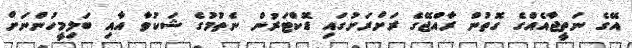
އޭގެ ނަތީޖާއެއްގެ ގޮތުން ރާއްޖޭގެ ރަށްރަށުގައި ޑޮކްޓަރުން ނެތުމުގެ ޝަކުވާ އާއި ބަލިމީހުންނަށް